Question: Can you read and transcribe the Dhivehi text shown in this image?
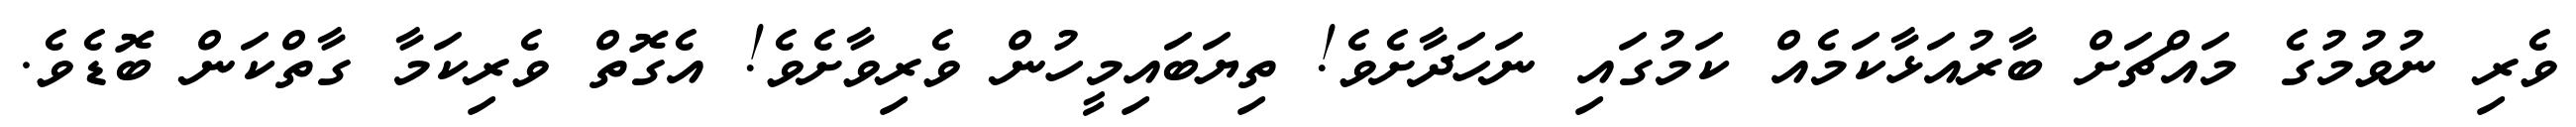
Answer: ވެރި ނުވުމުގެ މައްޗަށް ބާރުއަޅާކަމެއް ކަމުގައި ނަހަދާށެވެ! ތިޔަބައިމީހުން ވެރިވާށެވެ! އެގޮތް ވެރިކަމާ ގާތްކަން ބޮޑެވެ.